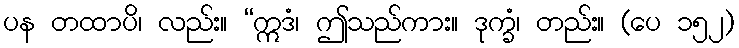
ပန တထာပိ၊ လည်း။ “ဣဒံ၊ ဤသည်ကား။ ဒုက္ခံ၊ တည်း။ (ပေ ၁၅၂)